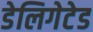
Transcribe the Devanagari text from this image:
डेलिगेटेड